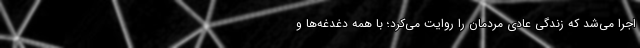
اجرا می‌شد که زندگی عادی مردمان را روایت می‌کرد؛ با همه دغدغه‌ها و